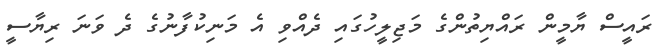
ރައީސް ޔާމީން ރައްޔިތުންގެ މަޖިލީހުގައި ދެއްވި އެ މަނިކުފާނުގެ ދެ ވަނަ ރިޔާސީ